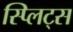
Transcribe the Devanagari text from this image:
स्प्लिट्स